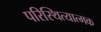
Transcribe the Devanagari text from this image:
परिस्थित्यात्मक